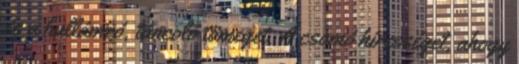
és a hullámzó, táncoló tömeget. A csomó hírességet, ahogy